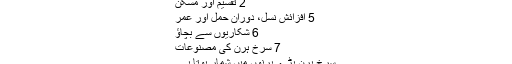
2 تقسیم اور مسکن
5 افزائش نسل، دوران حمل اور عمر
6 شکاریوں سے بچاؤ
7 سرخ ہرن کی مصنوعات
سرخ ہرن بڑے ہرنوں میں شمار ہوتا ہے۔